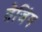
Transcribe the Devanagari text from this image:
तेजिंग